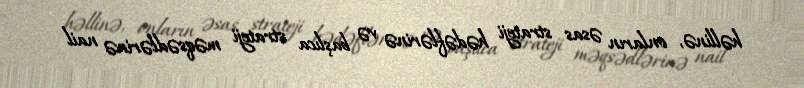
həllinə, onların əsas strateji hədəflərinə və başlıca strateji məqsədlərinə nail